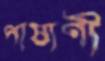
পাষাণী